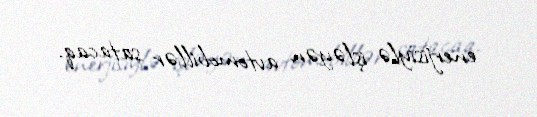
enerjisiylə işləyən avtomobillər satacaq.